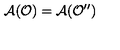
\mathcal { A } ( \mathcal { O } ) = \mathcal { A } ( \mathcal { O } ^ { \prime \prime } )